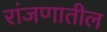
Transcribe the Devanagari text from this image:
रांजणातील